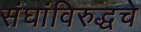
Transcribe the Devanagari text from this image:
संघांविरुद्धचे